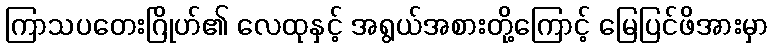
ကြာသပတေးဂြိုဟ်၏ လေထုနှင့် အရွယ်အစားတို့ကြောင့် မြေပြင်ဖိအားမှာ